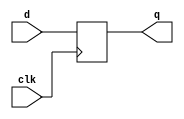
// dff: D flip-flop
// Parametrized width; default of 1
module dff #(parameter WIDTH = 1) (
    input clk,
    input [WIDTH-1:0] d,
    output reg [WIDTH-1:0] q
);

    always @(posedge clk) 
        q <= d;

endmodule